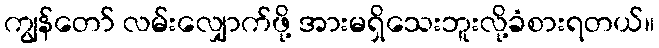
ကျွန်တော် လမ်းလျှောက်ဖို့ အားမရှိသေးဘူးလို့ခံစားရတယ်။